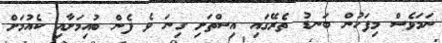
ނަމަވެސް މިފަހުން ބަނޑު ތެރޭގައި އިސްތަށި ގިނަ ވެ ފެން ބުއިމަށާއި ކެއުމަށް